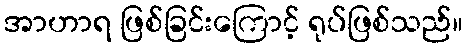
အာဟာရ ဖြစ်ခြင်းကြောင့် ရုပ်ဖြစ်သည်။